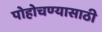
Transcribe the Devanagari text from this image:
पोहोचण्‍यासाठी